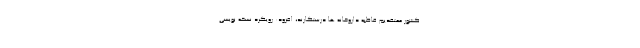
کشور معتقدیم قاطبه داروخانه ها درستکارند، افزود: رویکرد نسخه نویسی